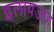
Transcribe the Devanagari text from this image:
इलायजाह